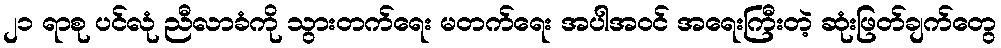
၂၁ ရာစု ပင်လုံ ညီလာခံကို သွားတက်ရေး မတက်ရေး အပါအဝင် အရေးကြီးတဲ့ ဆုံးဖြတ်ချက်တွေ